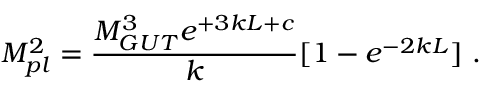
M _ { p l } ^ { 2 } = { \frac { M _ { G U T } ^ { 3 } e ^ { + 3 k L + c } } { \displaystyle k } } [ 1 - e ^ { - 2 k L } ] ~ . ~ \,